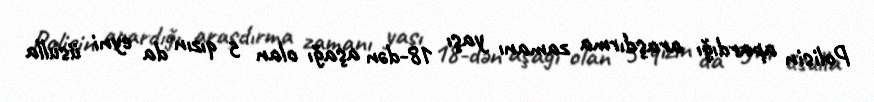
Polisin apardığı araşdırma zamanı yaşı 18-dən aşağı olan 5 qızın da eyni üsulla